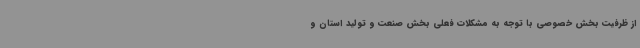
از ظرفیت بخش خصوصی با توجه به مشکلات فعلی بخش صنعت و تولید استان و